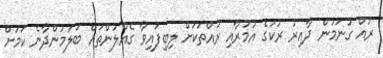
ރުއް ގުނަމުން ދާއިރު ރުކުގެ އުމުރާއި ރުއްތަކަށް ލިބިފައިވާ ގެއްލުންތައް ބަލަމުންދާނެ ކަމަށް